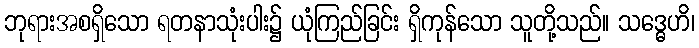
ဘုရားအစရှိသော ရတနာသုံးပါး၌ ယုံကြည်ခြင်း ရှိကုန်သော သူတို့သည်။ သဒ္ဓေဟိ၊